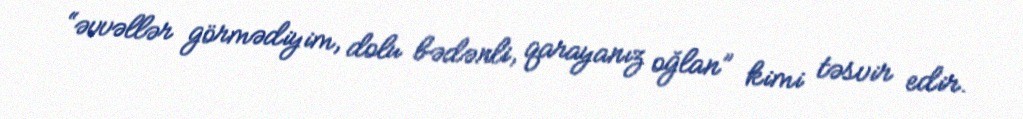
“əvvəllər görmədiyim, dolu bədənli, qarayanız oğlan” kimi təsvir edir.